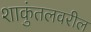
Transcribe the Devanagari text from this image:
शाकुंतलवरील